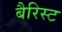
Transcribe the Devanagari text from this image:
बैरिस्ट